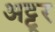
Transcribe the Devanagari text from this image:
अट्टूर